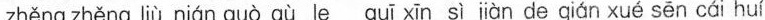
zhǎng zhǎng Hù nián guo qùle quī xn sì jàn de ciún xué sēn cái hul。